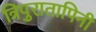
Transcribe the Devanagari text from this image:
त्रिपुरातापिनी